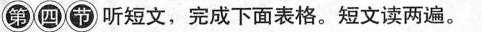
第四节 听短文，完成下面表格。短文读两遍。